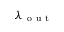
\lambda _ { \mathrm { ~ o ~ u ~ t ~ } }